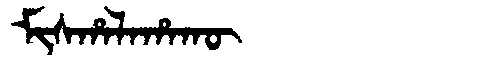
Manchu: ᠮᡳᠰᡥᠠᠯᠠᡥᠠᡴᡡ
Romanization: MISHALAHAKŪ